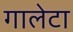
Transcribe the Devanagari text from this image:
गालेटा